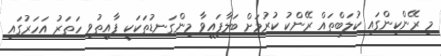
މި ރޭންކިންގައި ކުލަބްތައް ރޭންކު ކުރުމަށް ބަލާފައިވާ މިންގަނޑުތަކަކީ ފާއިތުވި ހަތަރު އަހަރުގައި